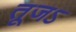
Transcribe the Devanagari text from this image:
तूजऽ